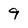
Character: 9